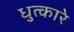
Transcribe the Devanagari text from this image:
धुत्कारे